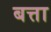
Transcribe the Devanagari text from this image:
बत्ता